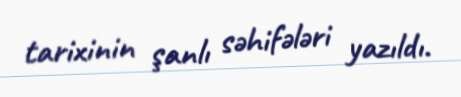
tarixinin şanlı səhifələri yazıldı.